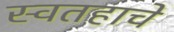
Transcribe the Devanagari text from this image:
स्वतहाचे